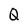
Character: Q